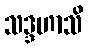
သဒ္ဒဟာသိ